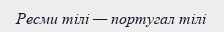
Ресми тілі — португал тілі